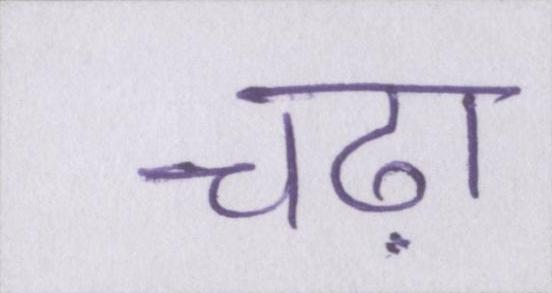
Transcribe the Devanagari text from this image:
चढ़ा